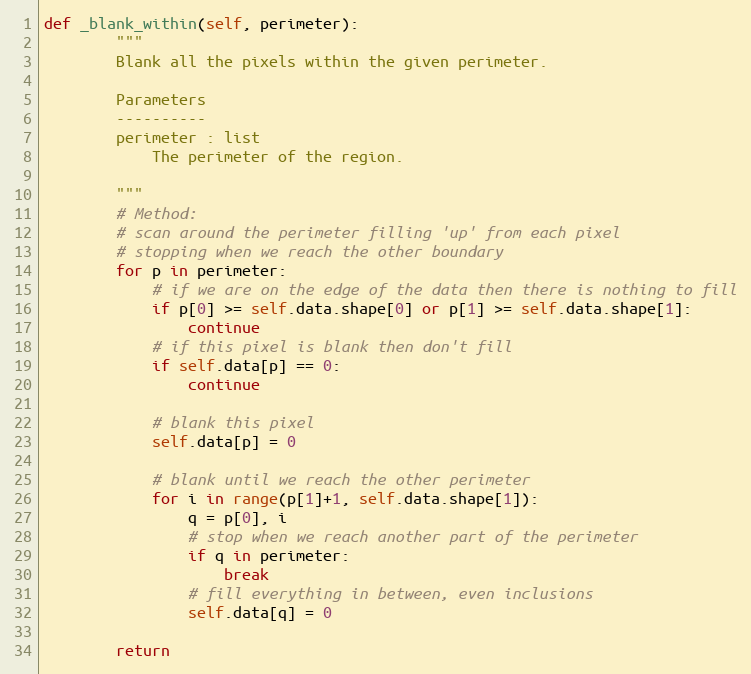
Language: Python
def _blank_within(self, perimeter):
        """
        Blank all the pixels within the given perimeter.

        Parameters
        ----------
        perimeter : list
            The perimeter of the region.

        """
        # Method:
        # scan around the perimeter filling 'up' from each pixel
        # stopping when we reach the other boundary
        for p in perimeter:
            # if we are on the edge of the data then there is nothing to fill
            if p[0] >= self.data.shape[0] or p[1] >= self.data.shape[1]:
                continue
            # if this pixel is blank then don't fill
            if self.data[p] == 0:
                continue

            # blank this pixel
            self.data[p] = 0

            # blank until we reach the other perimeter
            for i in range(p[1]+1, self.data.shape[1]):
                q = p[0], i
                # stop when we reach another part of the perimeter
                if q in perimeter:
                    break
                # fill everything in between, even inclusions
                self.data[q] = 0

        return